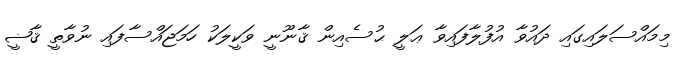
މިމައްސަލައިގައި ދައުވާ އުފުލާފައިވާ ޢަލީ ޙުސެއިން ޤާނޫނީ ވަކީލަކު ހަމަޖައްސާފައި ނުވާތީ ޤާޟީ